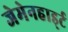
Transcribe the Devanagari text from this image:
जेमेनहार्ड्ट